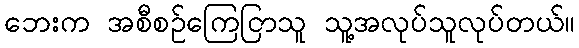
ဘေးက အစီစဉ်ကြေငြာသူ သူ့အလုပ်သူလုပ်တယ်။